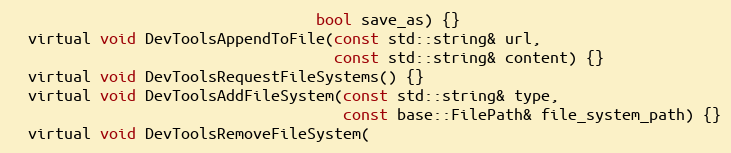
Language: C
                                  bool save_as) {}
  virtual void DevToolsAppendToFile(const std::string& url,
                                    const std::string& content) {}
  virtual void DevToolsRequestFileSystems() {}
  virtual void DevToolsAddFileSystem(const std::string& type,
                                     const base::FilePath& file_system_path) {}
  virtual void DevToolsRemoveFileSystem(